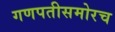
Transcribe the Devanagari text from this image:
गणपतीसमोरच